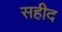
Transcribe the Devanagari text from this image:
सहीद